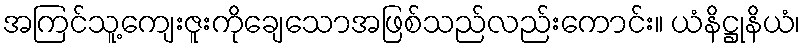
အကြင်သူ့ကျေးဇူးကိုချေသောအဖြစ်သည်လည်းကောင်း။ ယံနိဋ္ဌုနိယံ၊